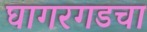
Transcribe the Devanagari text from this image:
घागरगडचा